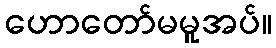
ဟောတော်မမူအပ်။